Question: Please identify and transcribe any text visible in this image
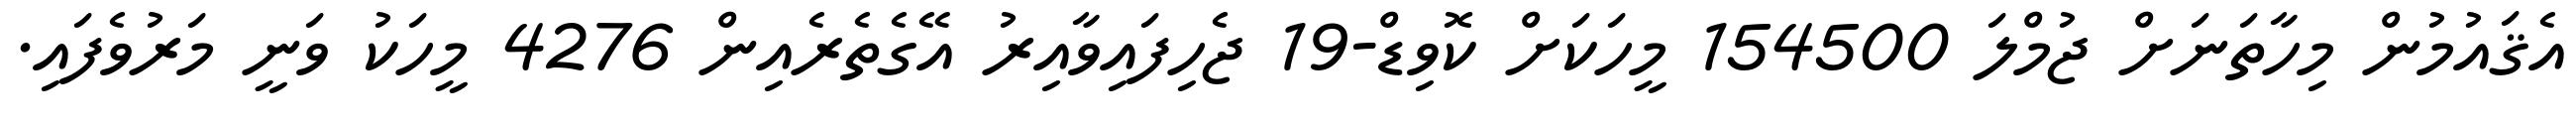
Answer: އެޤައުމުން މިހާތަނަށް ޖުމްލަ 154500 މީހަކަށް ކޮވިޑް-19 ޖެހިފައިވާއިރު އޭގެތެރެއިން 4276 މީހަކު ވަނީ މަރުވެފައި.